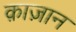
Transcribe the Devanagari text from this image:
क़ाज़ान